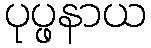
ပုပ္ဖနာယ